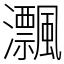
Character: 𤅜